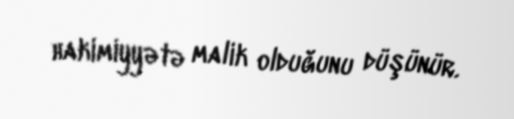
hakimiyyətə malik olduğunu düşünür.